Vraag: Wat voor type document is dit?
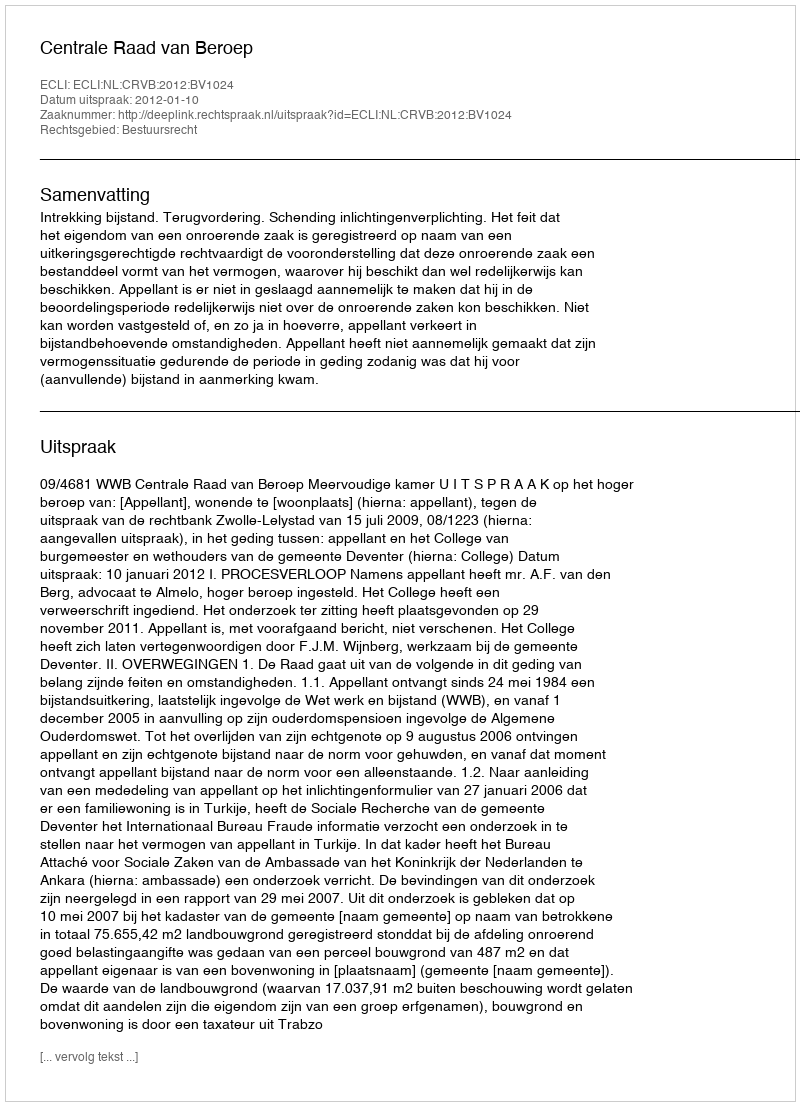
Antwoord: Uitspraak